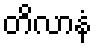
တိလာနံ